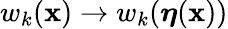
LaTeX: w_{k}(\mathbf{x})\rightarrow w_{k}(\boldsymbol{\eta}(\mathbf{x}))